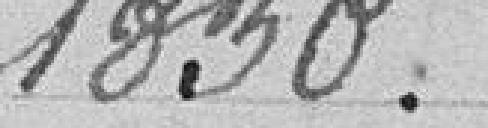
1830.